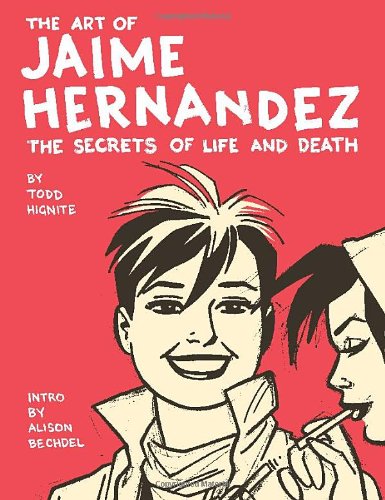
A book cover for The Art of Jaime Hernandez: The Secrets of Life and Death; Todd Hignite; Comics & Graphic Novels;